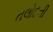
તલોદની